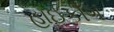
હાઈકીઁગ